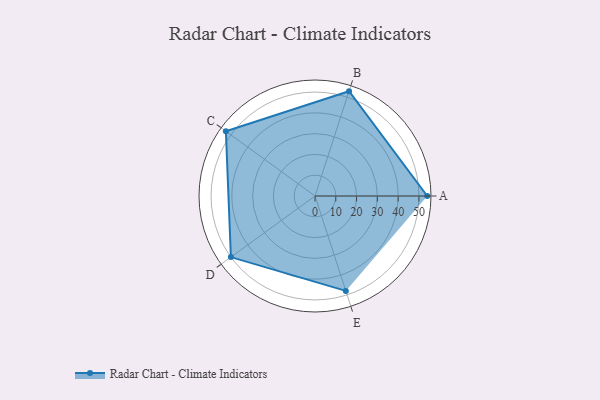
{"axis": {"x": "Skill", "y": "Score"}, "legend": ["Profile"], "data": [{"x": "A", "y": 54.0, "type": "Profile"}, {"x": "B", "y": 53.0, "type": "Profile"}, {"x": "C", "y": 53.0, "type": "Profile"}, {"x": "D", "y": 50.0, "type": "Profile"}, {"x": "E", "y": 48.0, "type": "Profile"}]}